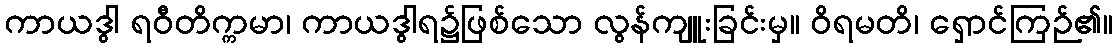
ကာယဒွါ ရဝီတိက္ကမာ၊ ကာယဒွါရ၌ဖြစ်သော လွန်ကျူးခြင်းမှ။ ဝိရမတိ၊ ရှောင်ကြဉ်၏။